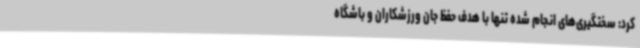
کرد: سختگیری‌های انجام شده تنها با هدف حفظ جان ورزشکاران و باشگاه